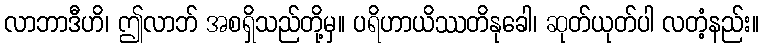
လာဘာဒီဟိ၊ ဤလာဘ် အစရှိသည်တို့မှ။ ပရိဟာယိဿတိနုခေါ၊ ဆုတ်ယုတ်ပါ လတံ့နည်း။